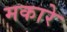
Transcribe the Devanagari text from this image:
मकारे